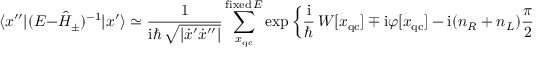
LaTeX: \langle x ^ { \prime \prime } | ( E - \hat { H } _ { \pm } ) ^ { - 1 } | x ^ { \prime } \rangle \simeq \frac { 1 } { \mathrm { i } \hbar \, \sqrt { | \dot { x } ^ { \prime } \dot { x } ^ { \prime \prime } | } } \sum _ { x _ { \mathrm { q c } } } ^ { \mathrm { f i x e d } \, E } \exp \left\{ \frac { \mathrm { i } } { \hbar } \, W [ x _ { \mathrm { q c } } ] \mp \mathrm { i } \varphi [ x _ { \mathrm { q c } } ] - \mathrm { i } ( n _ { R } + n _ { L } ) \frac { \pi } { 2 } \right\}